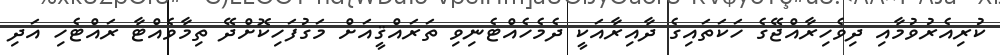
ކުރިއެރުވުމާއި ދިވެހިރާއްޖޭގެ ހަކަތައިގެ ދާއިރާއަކީ ދެމެހެއްޓެނިވި ތަރައްޤީއަށް މަގުފަހިކޮށްދޭ ތިމާވެއްޓާ ރައްޓެހި އަދި